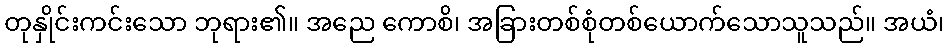
တုနှိုင်းကင်းသော ဘုရား၏။ အညေ ကောစိ၊ အခြားတစ်စုံတစ်ယောက်သောသူသည်။ အယံ၊